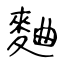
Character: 麯